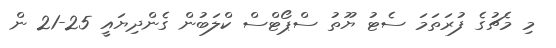
މި މެޗުގެ ފުރަތަމަ ސެޓު ޔޫތު ސްޕޯޓްސް ކްލަބުން ގެންދިޔައީ 25-21 ން